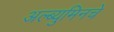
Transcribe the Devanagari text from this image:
अल्ब्युमिनचे